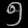
Digit: ၅